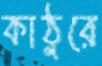
কাঠুরে